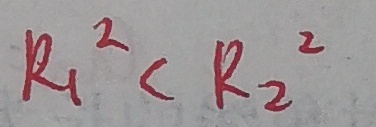
R _ { 1 } ^ { 2 } < R _ { 2 } ^ { 2 }